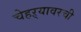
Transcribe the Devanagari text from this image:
चेहऱ्यावरची